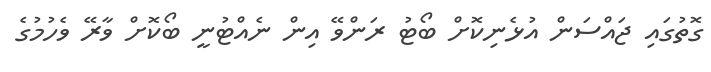
ގޮތުގައި ޖައްސަން އުޅެނިކޮށް ބޯޓު ރަންވޭ އިން ނެއްޓުނީ ބޯކޮށް ވާރޭ ވެހުމުގެ